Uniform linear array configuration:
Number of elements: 64
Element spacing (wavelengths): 1
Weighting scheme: binomial
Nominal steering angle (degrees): -45
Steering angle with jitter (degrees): -44.464
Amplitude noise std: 0.05
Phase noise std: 0.05

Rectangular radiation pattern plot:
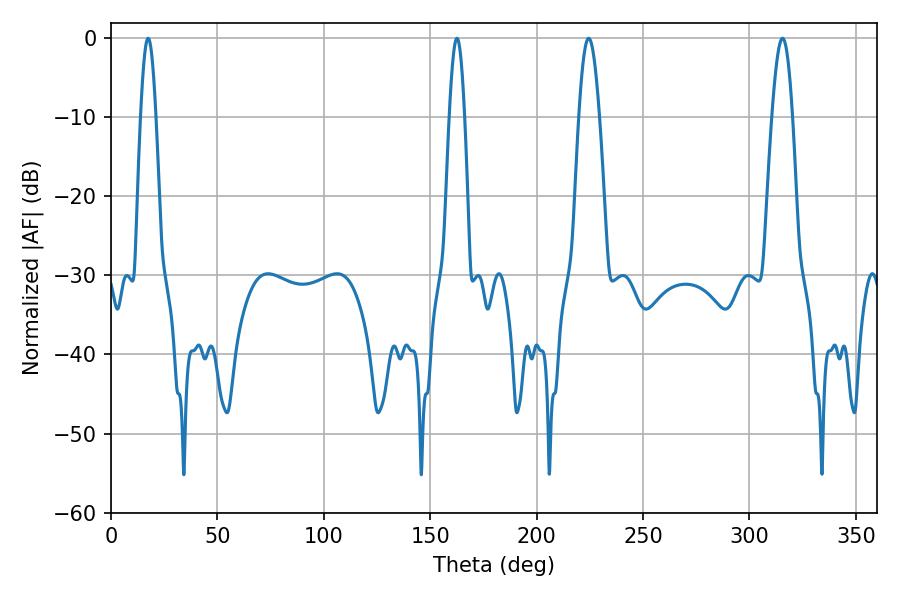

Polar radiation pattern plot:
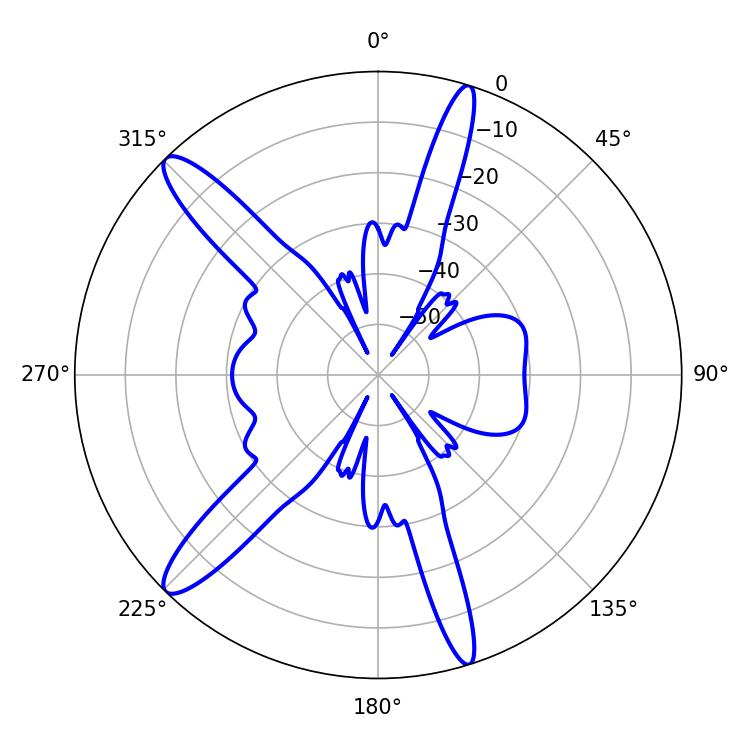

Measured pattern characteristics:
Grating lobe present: TRUE
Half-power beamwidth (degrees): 5.22
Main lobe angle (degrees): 224.46